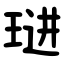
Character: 琎